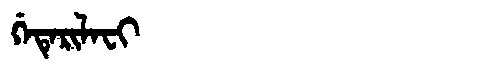
Manchu: ᡤᡝᡨᡝᡵᡳᠯᠠᠸᡳ
Romanization: GETERILAFI